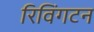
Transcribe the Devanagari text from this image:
रिविंगटन